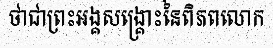
ថាជាព្រះអង្គសង្គ្រោះនៃពិភពលោក